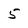
Character: 5